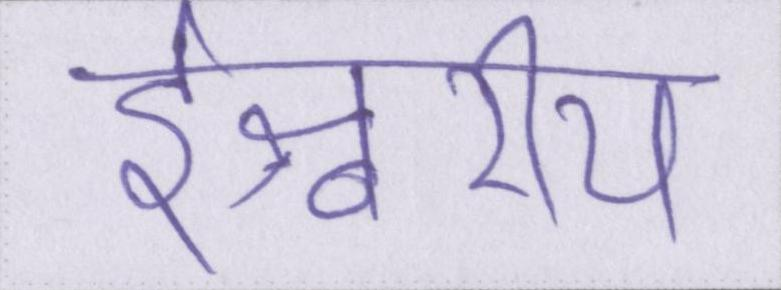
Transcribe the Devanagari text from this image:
ईश्वरीय